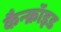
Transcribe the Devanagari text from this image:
कैन्क्रॉइड